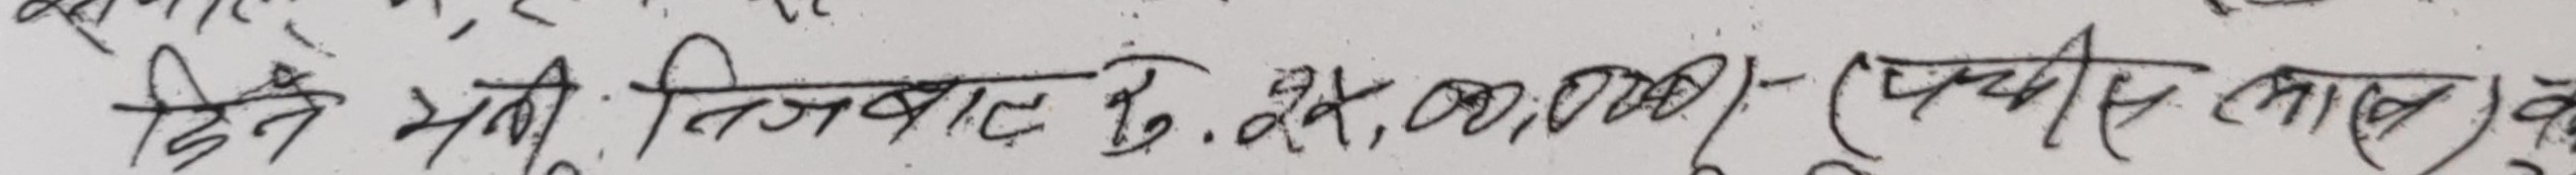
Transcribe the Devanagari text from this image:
दिन भरि तिजबाट बु. येक,००,००० /- (पचिस लाख) को